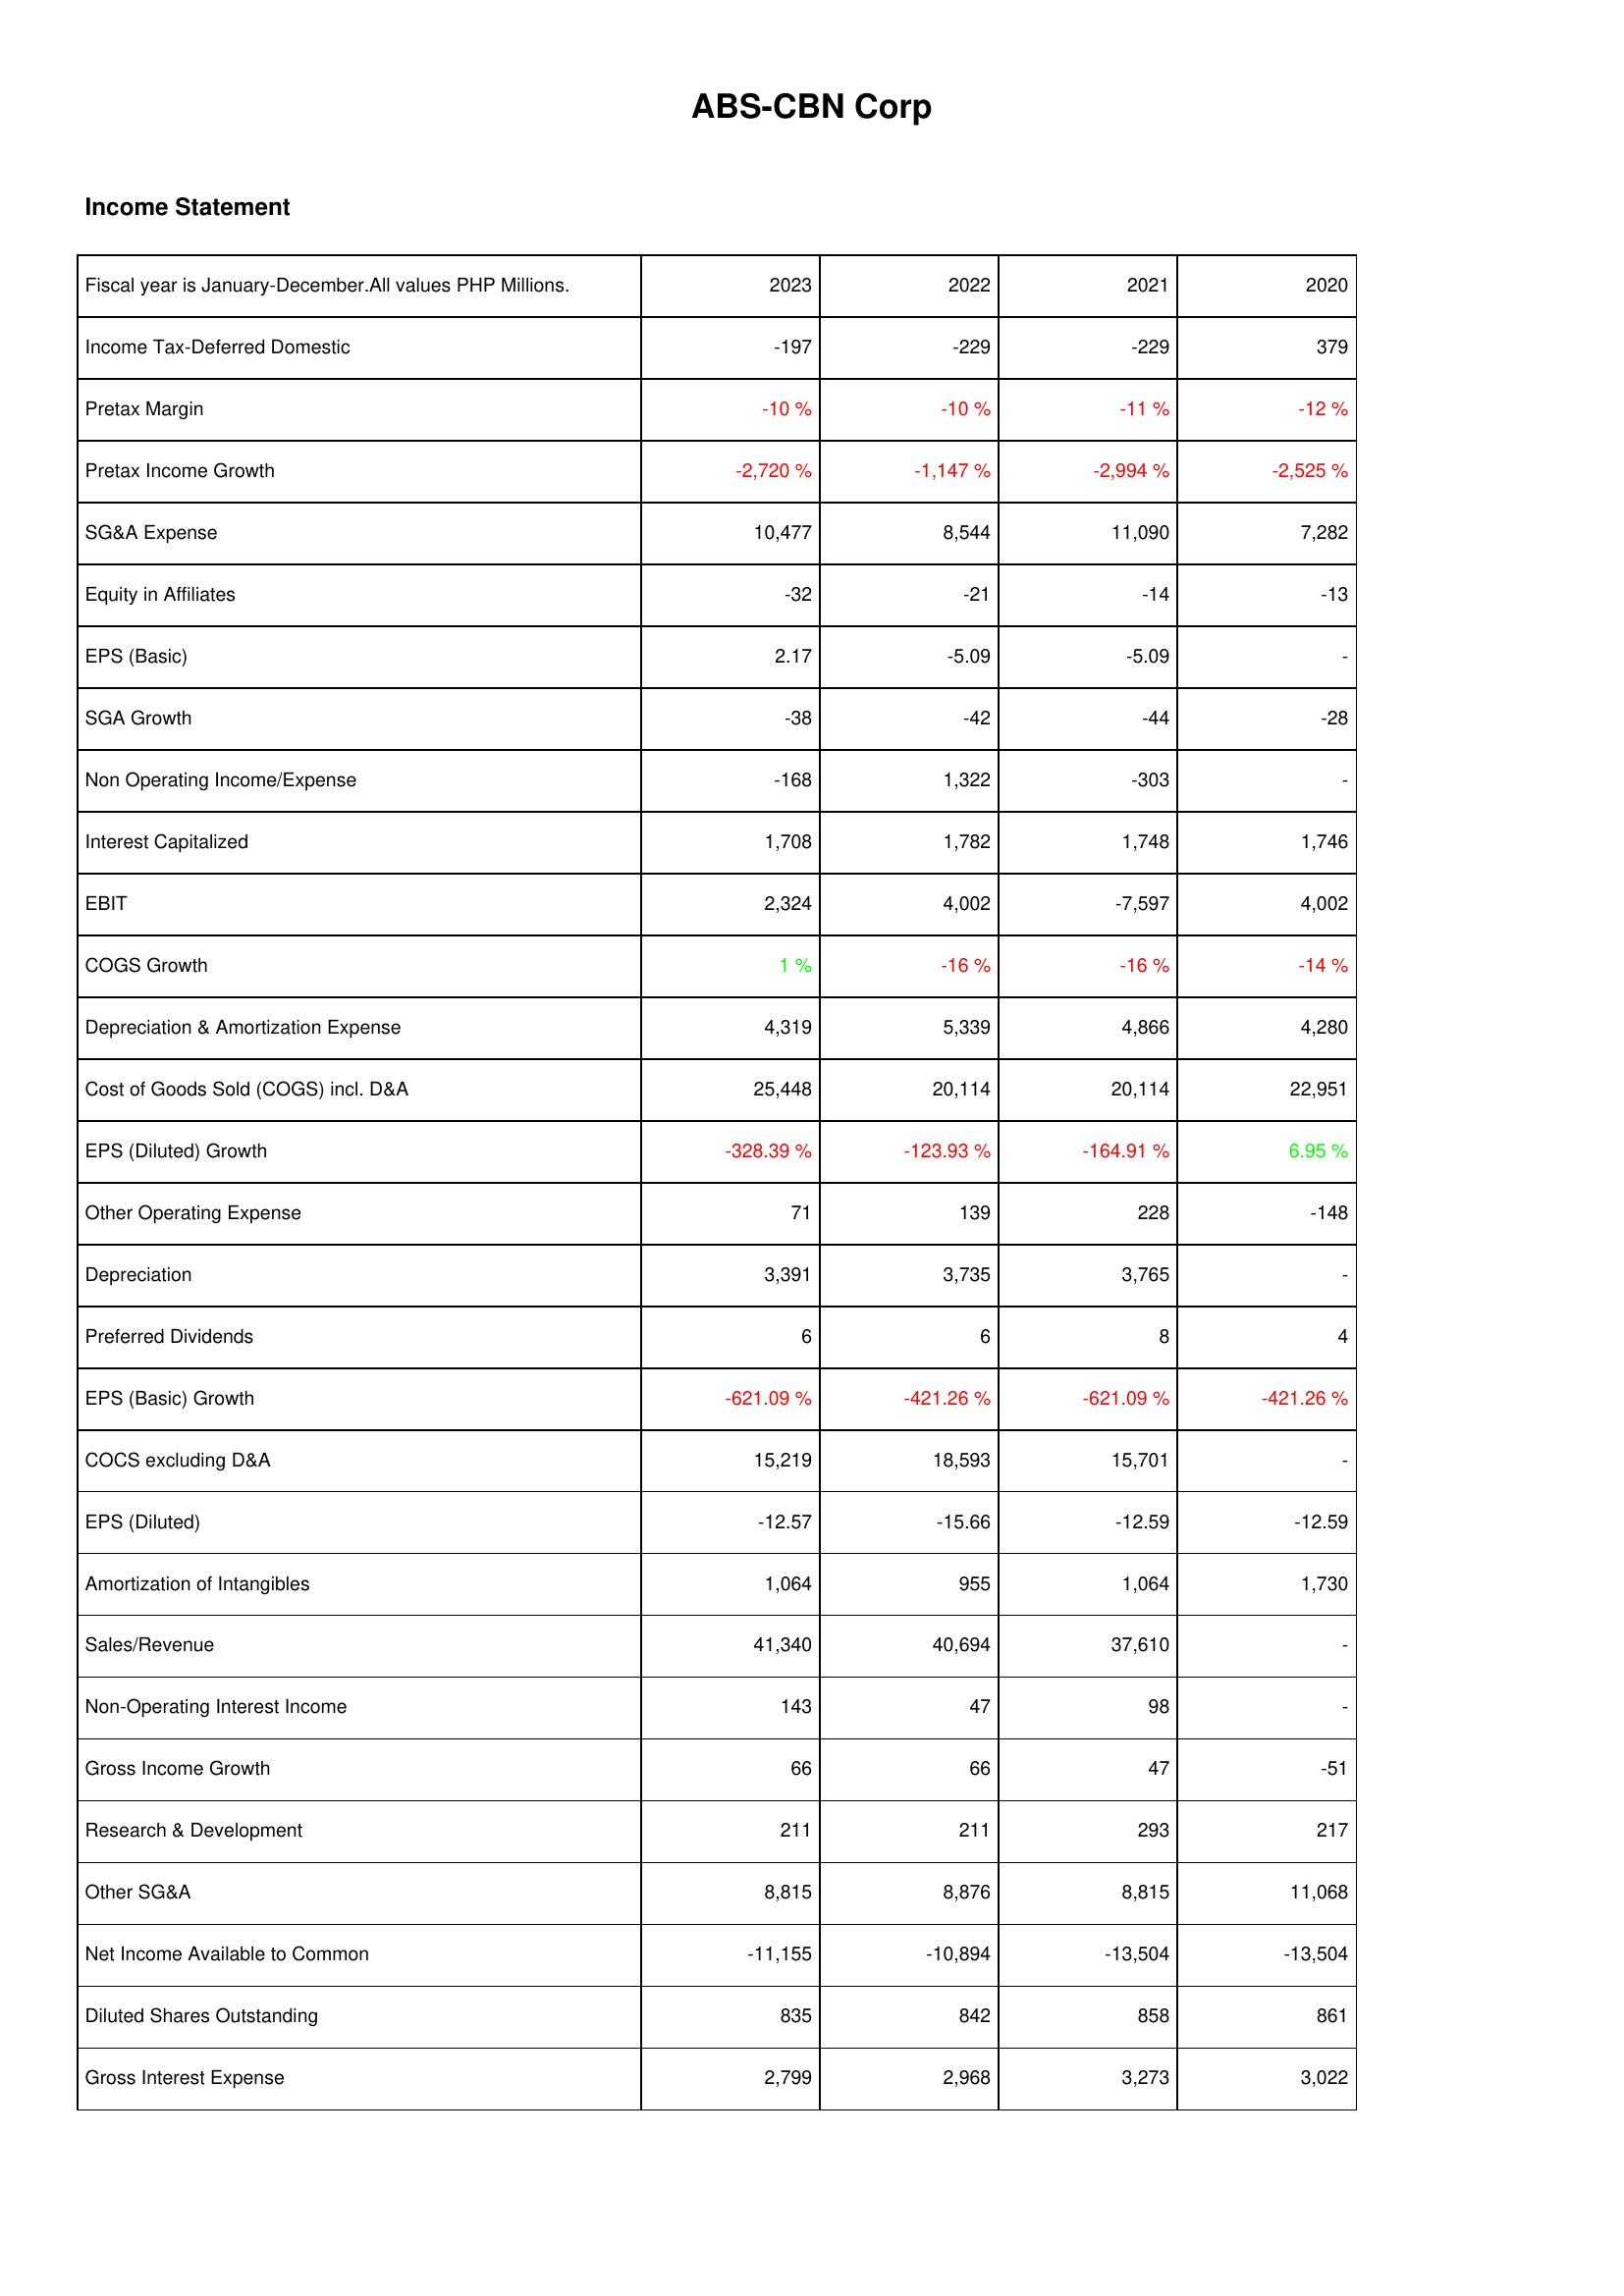
2023: Income Statement: Income Tax-Deferred Domestic: -197
Pretax Margin: -10 %
Pretax Income Growth: -2,720 %
SG&A Expense: 10,477
Equity in Affiliates: -32
EPS (Basic): 2.17
SGA Growth: -38
Non Operating Income/Expense: -168
Interest Capitalized: 1,708
EBIT: 2,324
COGS Growth: 1 %
Depreciation & Amortization Expense: 4,319
Cost of Goods Sold (COGS) incl. D&A: 25,448
EPS (Diluted) Growth: -328.39 %
Other Operating Expense: 71
Depreciation: 3,391
Preferred Dividends: 6
EPS (Basic) Growth: -621.09 %
COCS excluding D&A: 15,219
EPS (Diluted): -12.57
Amortization of Intangibles: 1,064
Sales/Revenue: 41,340
Non-Operating Interest Income: 143
Gross Income Growth: 66
Research & Development: 211
Other SG&A: 8,815
Net Income Available to Common: -11,155
Diluted Shares Outstanding: 835
Gross Interest Expense: 2,799
2022: Income Statement: Income Tax-Deferred Domestic: -229
Pretax Margin: -10 %
Pretax Income Growth: -1,147 %
SG&A Expense: 8,544
Equity in Affiliates: -21
EPS (Basic): -5.09
SGA Growth: -42
Non Operating Income/Expense: 1,322
Interest Capitalized: 1,782
EBIT: 4,002
COGS Growth: -16 %
Depreciation & Amortization Expense: 5,339
Cost of Goods Sold (COGS) incl. D&A: 20,114
EPS (Diluted) Growth: -123.93 %
Other Operating Expense: 139
Depreciation: 3,735
Preferred Dividends: 6
EPS (Basic) Growth: -421.26 %
COCS excluding D&A: 18,593
EPS (Diluted): -15.66
Amortization of Intangibles: 955
Sales/Revenue: 40,694
Non-Operating Interest Income: 47
Gross Income Growth: 66
Research & Development: 211
Other SG&A: 8,876
Net Income Available to Common: -10,894
Diluted Shares Outstanding: 842
Gross Interest Expense: 2,968
2021: Income Statement: Income Tax-Deferred Domestic: -229
Pretax Margin: -11 %
Pretax Income Growth: -2,994 %
SG&A Expense: 11,090
Equity in Affiliates: -14
EPS (Basic): -5.09
SGA Growth: -44
Non Operating Income/Expense: -303
Interest Capitalized: 1,748
EBIT: -7,597
COGS Growth: -16 %
Depreciation & Amortization Expense: 4,866
Cost of Goods Sold (COGS) incl. D&A: 20,114
EPS (Diluted) Growth: -164.91 %
Other Operating Expense: 228
Depreciation: 3,765
Preferred Dividends: 8
EPS (Basic) Growth: -621.09 %
COCS excluding D&A: 15,701
EPS (Diluted): -12.59
Amortization of Intangibles: 1,064
Sales/Revenue: 37,610
Non-Operating Interest Income: 98
Gross Income Growth: 47
Research & Development: 293
Other SG&A: 8,815
Net Income Available to Common: -13,504
Diluted Shares Outstanding: 858
Gross Interest Expense: 3,273
2020: Income Statement: Income Tax-Deferred Domestic: 379
Pretax Margin: -12 %
Pretax Income Growth: -2,525 %
SG&A Expense: 7,282
Equity in Affiliates: -13
EPS (Basic): -
SGA Growth: -28
Non Operating Income/Expense: -
Interest Capitalized: 1,746
EBIT: 4,002
COGS Growth: -14 %
Depreciation & Amortization Expense: 4,280
Cost of Goods Sold (COGS) incl. D&A: 22,951
EPS (Diluted) Growth: 6.95 %
Other Operating Expense: -148
Depreciation: -
Preferred Dividends: 4
EPS (Basic) Growth: -421.26 %
COCS excluding D&A: -
EPS (Diluted): -12.59
Amortization of Intangibles: 1,730
Sales/Revenue: -
Non-Operating Interest Income: -
Gross Income Growth: -51
Research & Development: 217
Other SG&A: 11,068
Net Income Available to Common: -13,504
Diluted Shares Outstanding: 861
Gross Interest Expense: 3,022